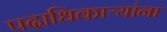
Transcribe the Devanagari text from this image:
पदाधिकाऱ्यांना